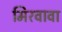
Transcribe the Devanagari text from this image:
मिरवावा